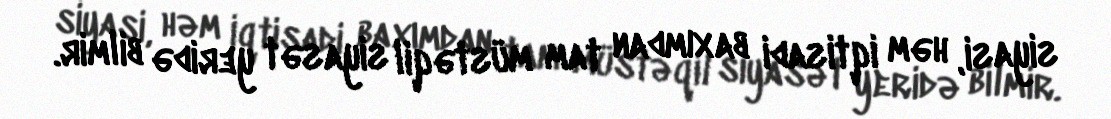
siyasi, həm iqtisadi baxımdan tam müstəqil siyasət yeridə bilmir.